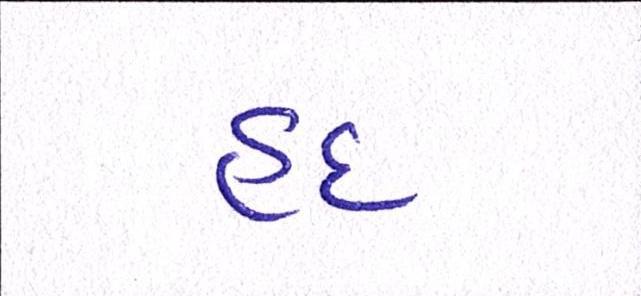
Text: હદ